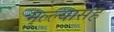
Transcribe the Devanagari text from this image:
मुल्ल्यासह